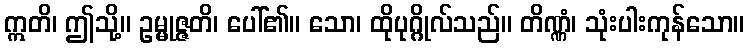
ဣတိ၊ ဤသို့။ ဥမ္မုဇ္ဇတိ၊ ပေါ်၏။ သော၊ ထိုပုဂ္ဂိုလ်သည်။ တိဏ္ဏံ၊ သုံးပါးကုန်သော။